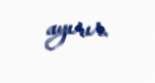
ayırır.